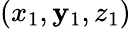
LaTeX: \left(x_{1},\mathbf{y}_{1},z_{1}\right)